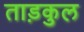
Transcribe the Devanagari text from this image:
ताड़कुल